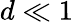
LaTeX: d\ll 1